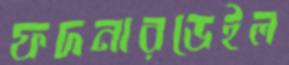
ফদনারডেইল